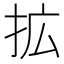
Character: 拡